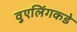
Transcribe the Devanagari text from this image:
वुएलिंगकडे